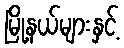
မြို့နယ်များနှင့်